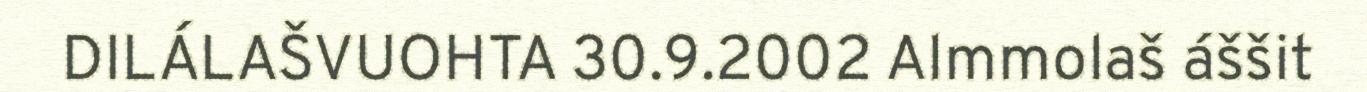
DILÁLAŠVUOHTA 30.9.2002 Almmolaš áššit